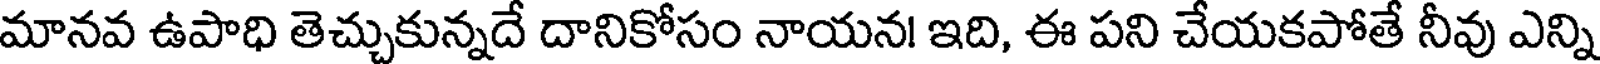
మానవ ఉపాధి తెచ్చుకున్నదే దానికోసం నాయన! ఇది, ఈ పని చేయకపోతే నీవు ఎన్ని